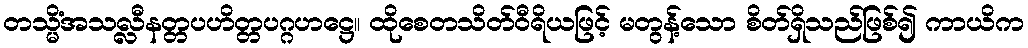
တသ္မိံအသလ္လီနတ္တပဟိတ္တပဂ္ဂဟဋ္ဌေ။ ထိုစေတသိတ်ဝီရိယဖြင့် မတွန့်သော စိတ်ရှိသည်ဖြစ်၍ ကာယိက